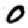
Digit: 0